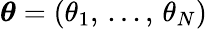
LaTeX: \boldsymbol{\theta}=(\theta_{1},\, ...,\, \theta_{N})